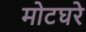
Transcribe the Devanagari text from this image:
मोटघरे